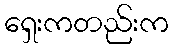
ရှေးကတည်းက